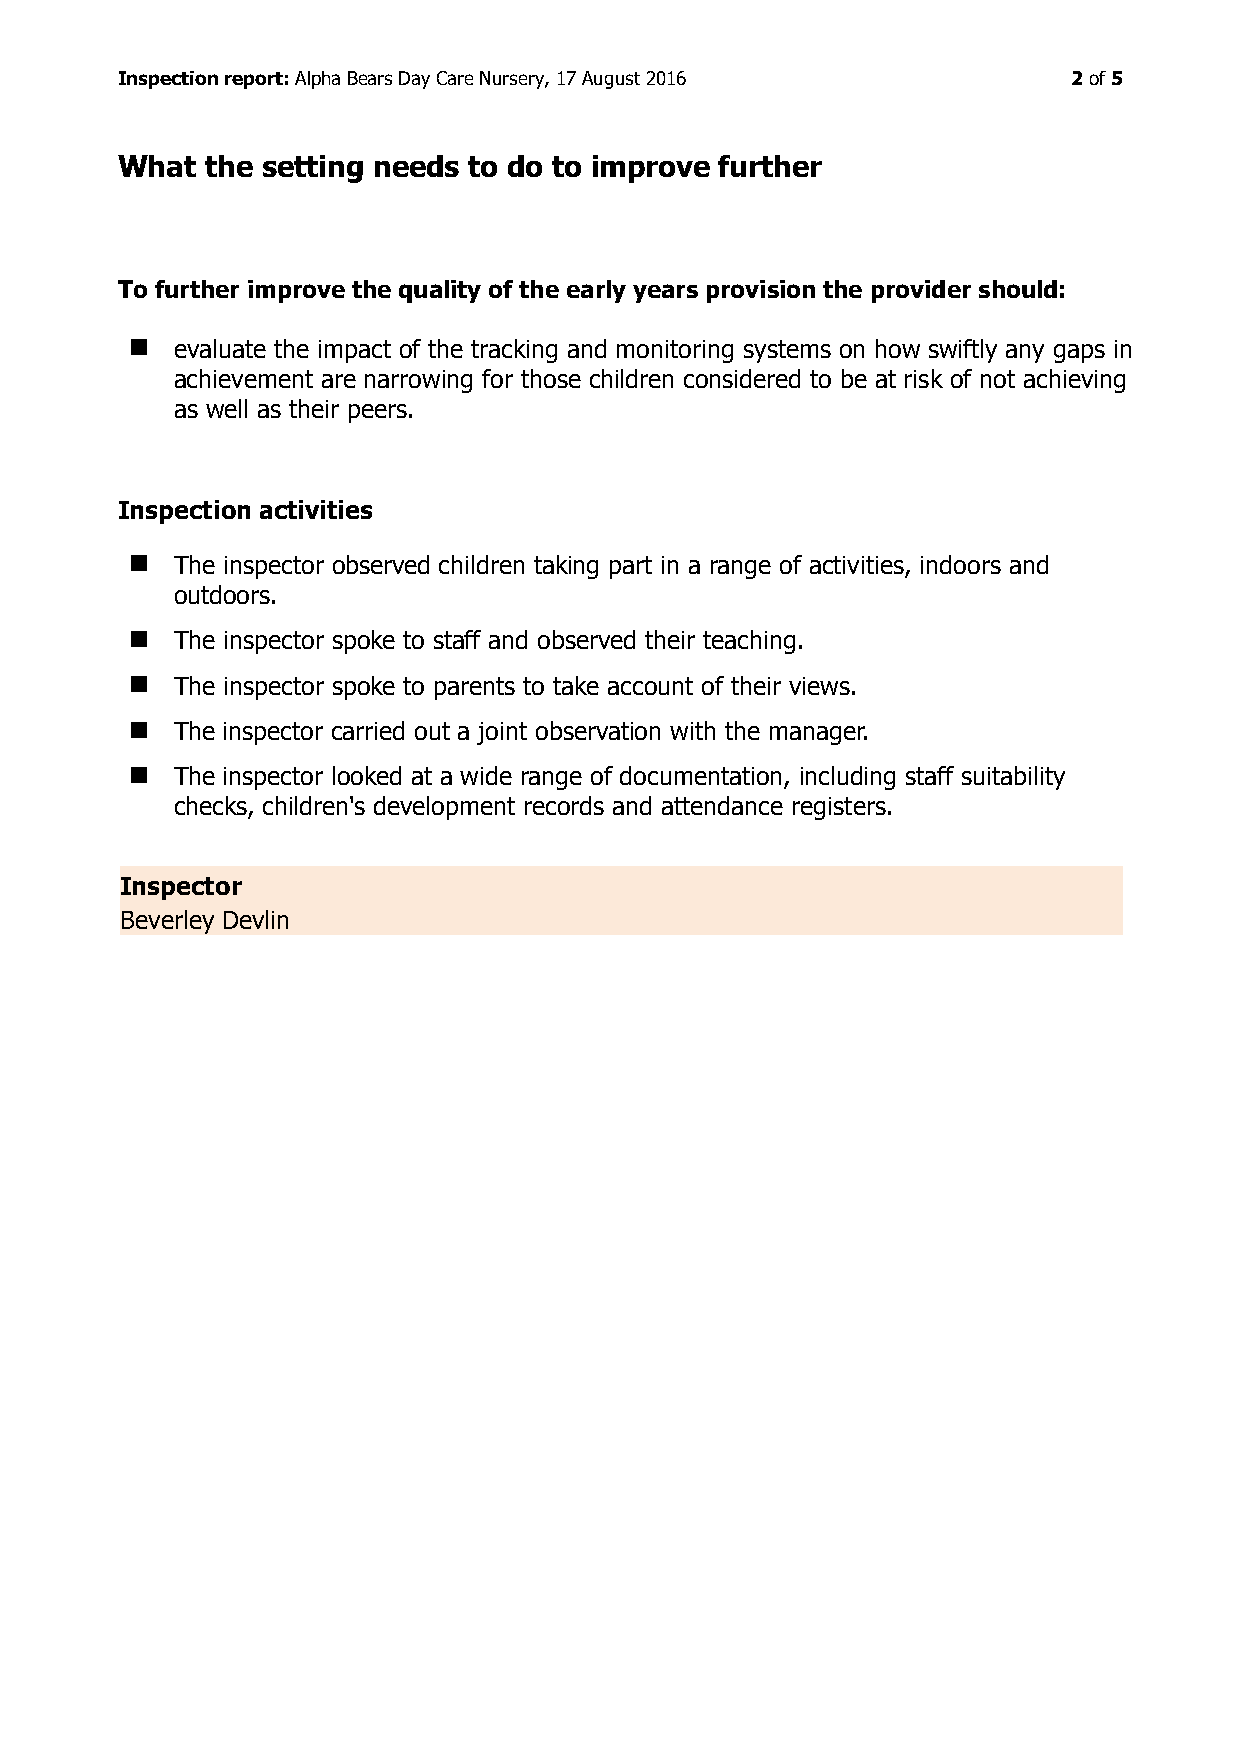
Inspection report: Alpha Bears Day Care Nursery, 17 August 2016 2 of 5
 What  the setting needs to do to improve further
 To further improve the quality of the early years provision the provider should:
   evaluate the impact of the tracking and monitoring systems on how swiftly any gaps in
 achievement are narrowing for those children considered to be at risk of not achieving
 as well as their peers.
 Inspection activities
   The inspector observed children taking part in a range of activities, indoors and
 outdoors.
   The inspector spoke to staff and observed their teaching.
   The inspector spoke to parents to take account of their views.
   The inspector carried out a joint observation with the manager.
   The inspector looked at a wide range of documentation, including staff suitability
 checks, children's development records and attendance registers.
 Inspector
 Beverley Devlin